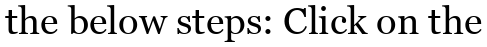
the below steps: Click on the